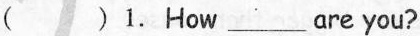
( )1.How___are you?